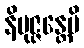
နိမုဇ္ဇန္တေပိ